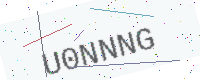
Text: U0NNNG